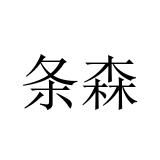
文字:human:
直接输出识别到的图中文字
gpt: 条森